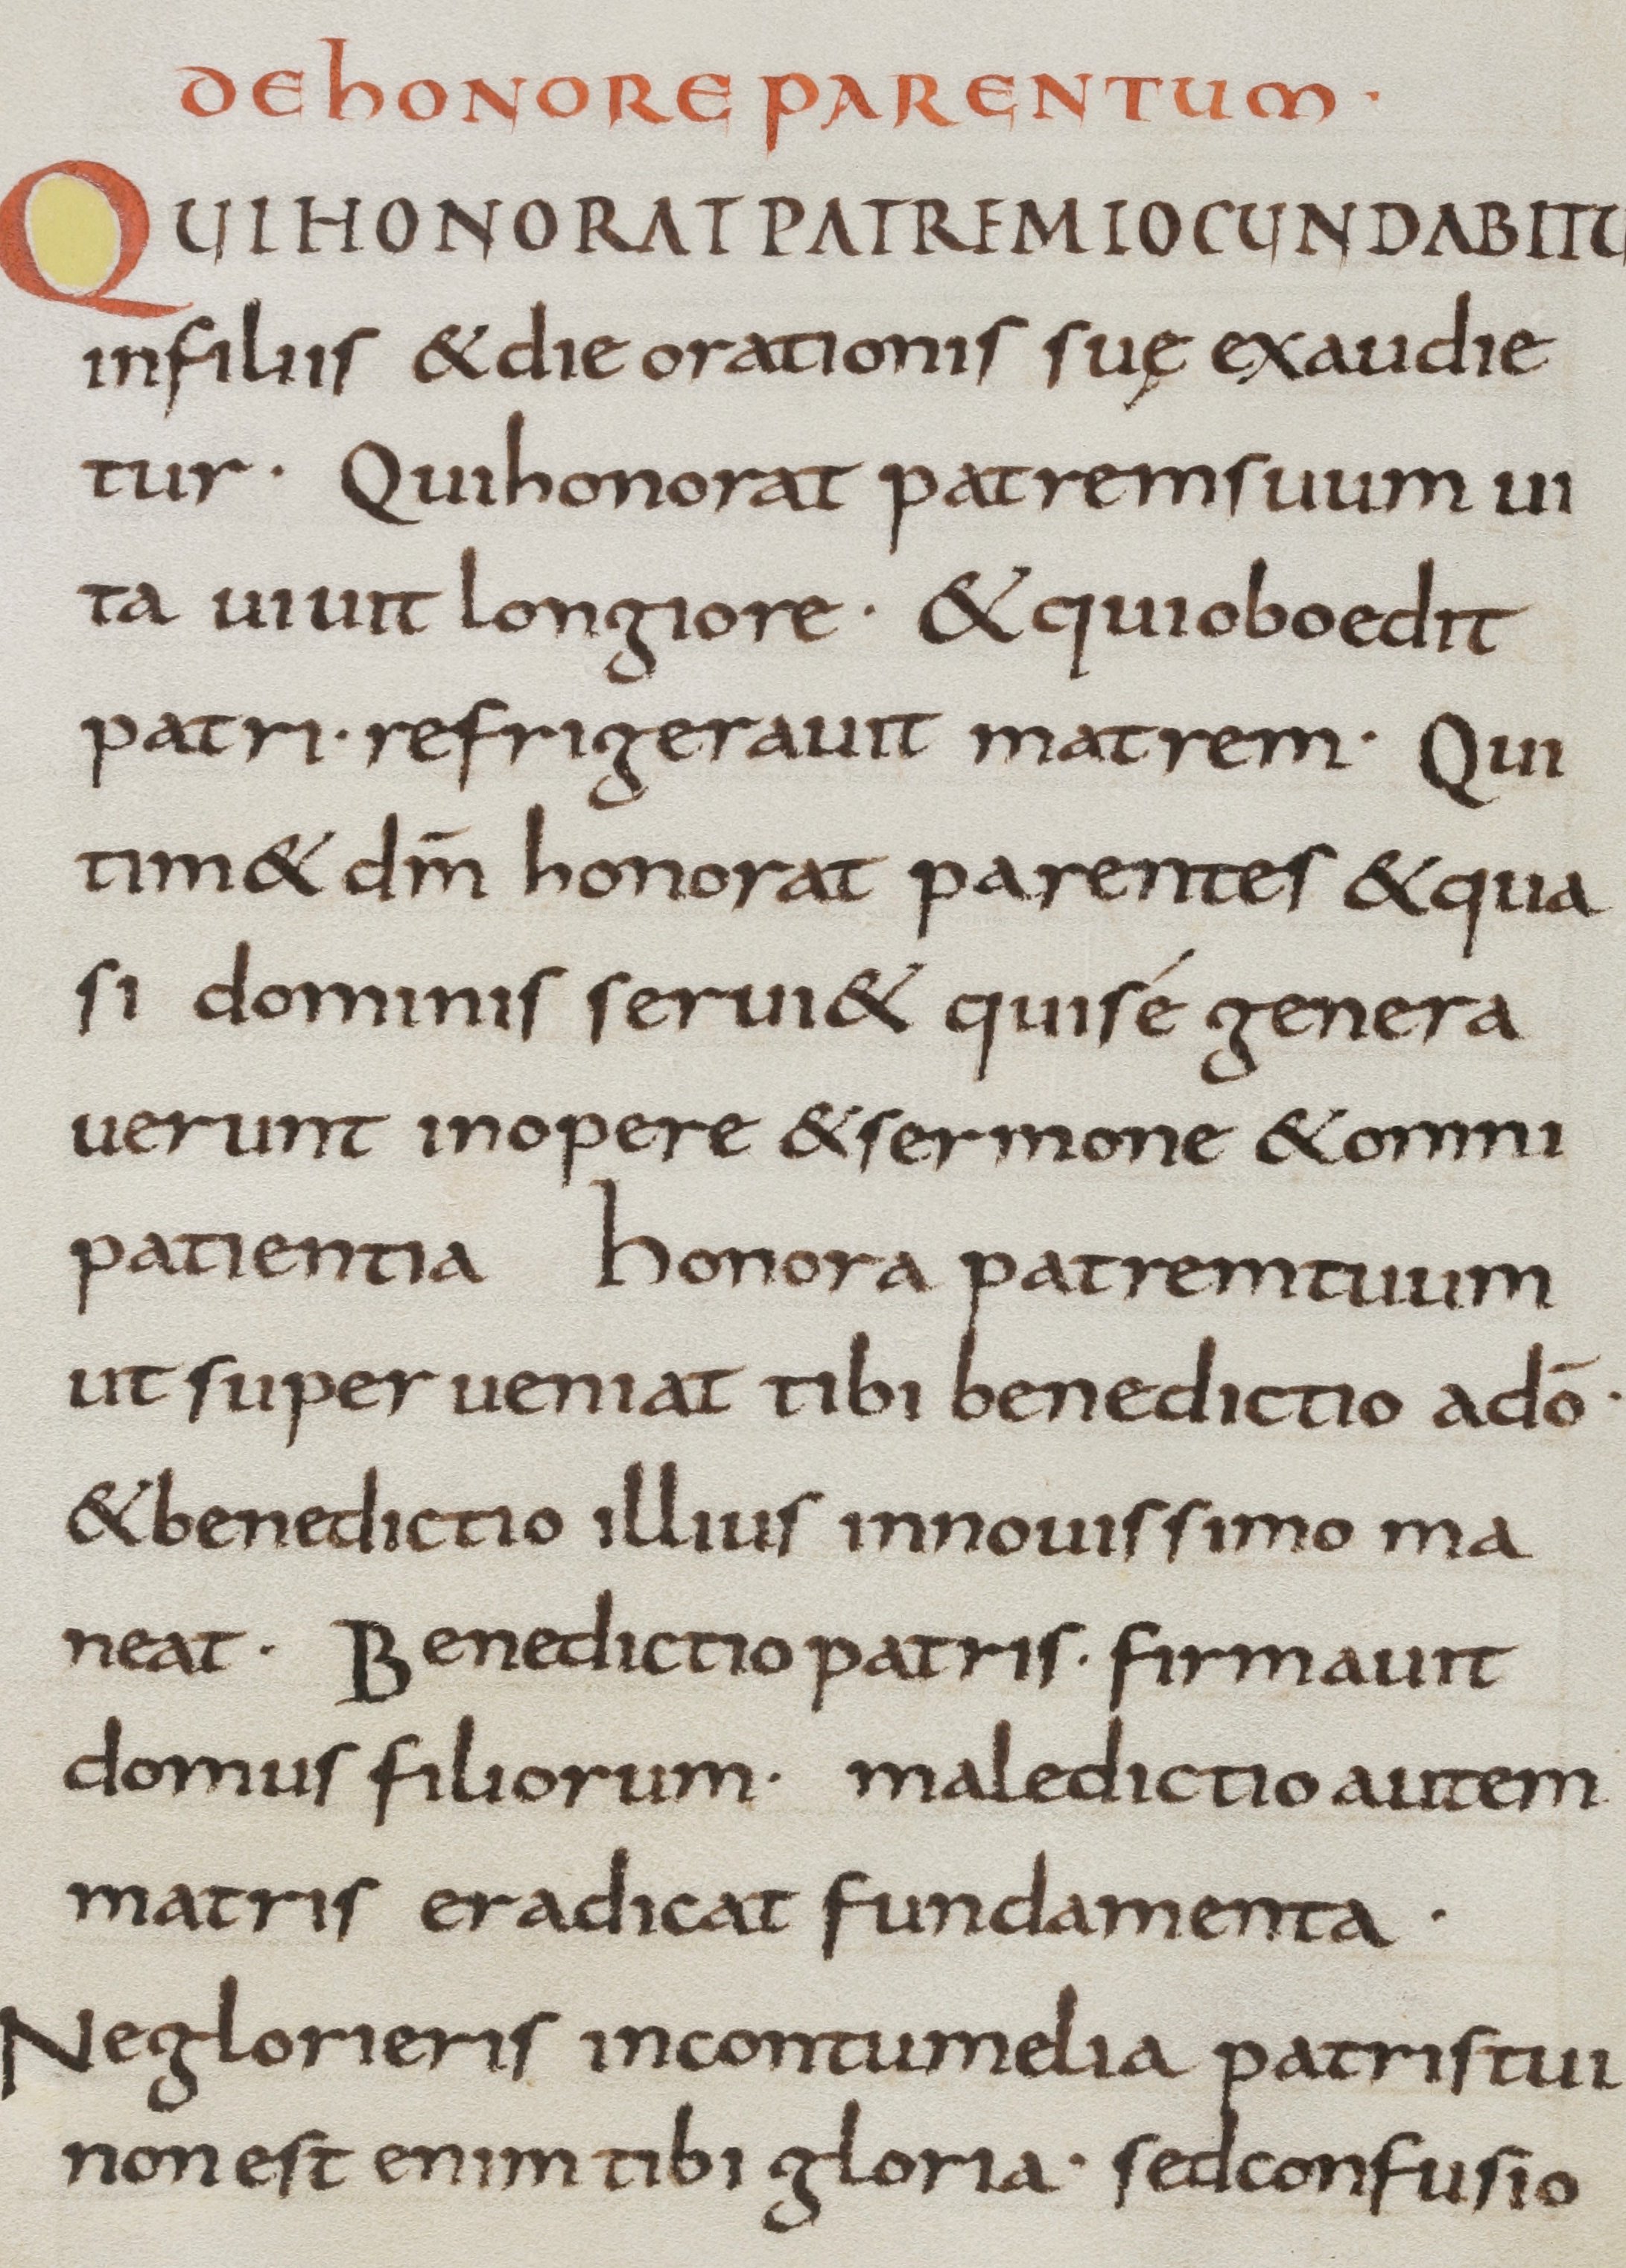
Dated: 800–899